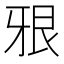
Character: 㸧